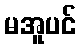
မအူပင်